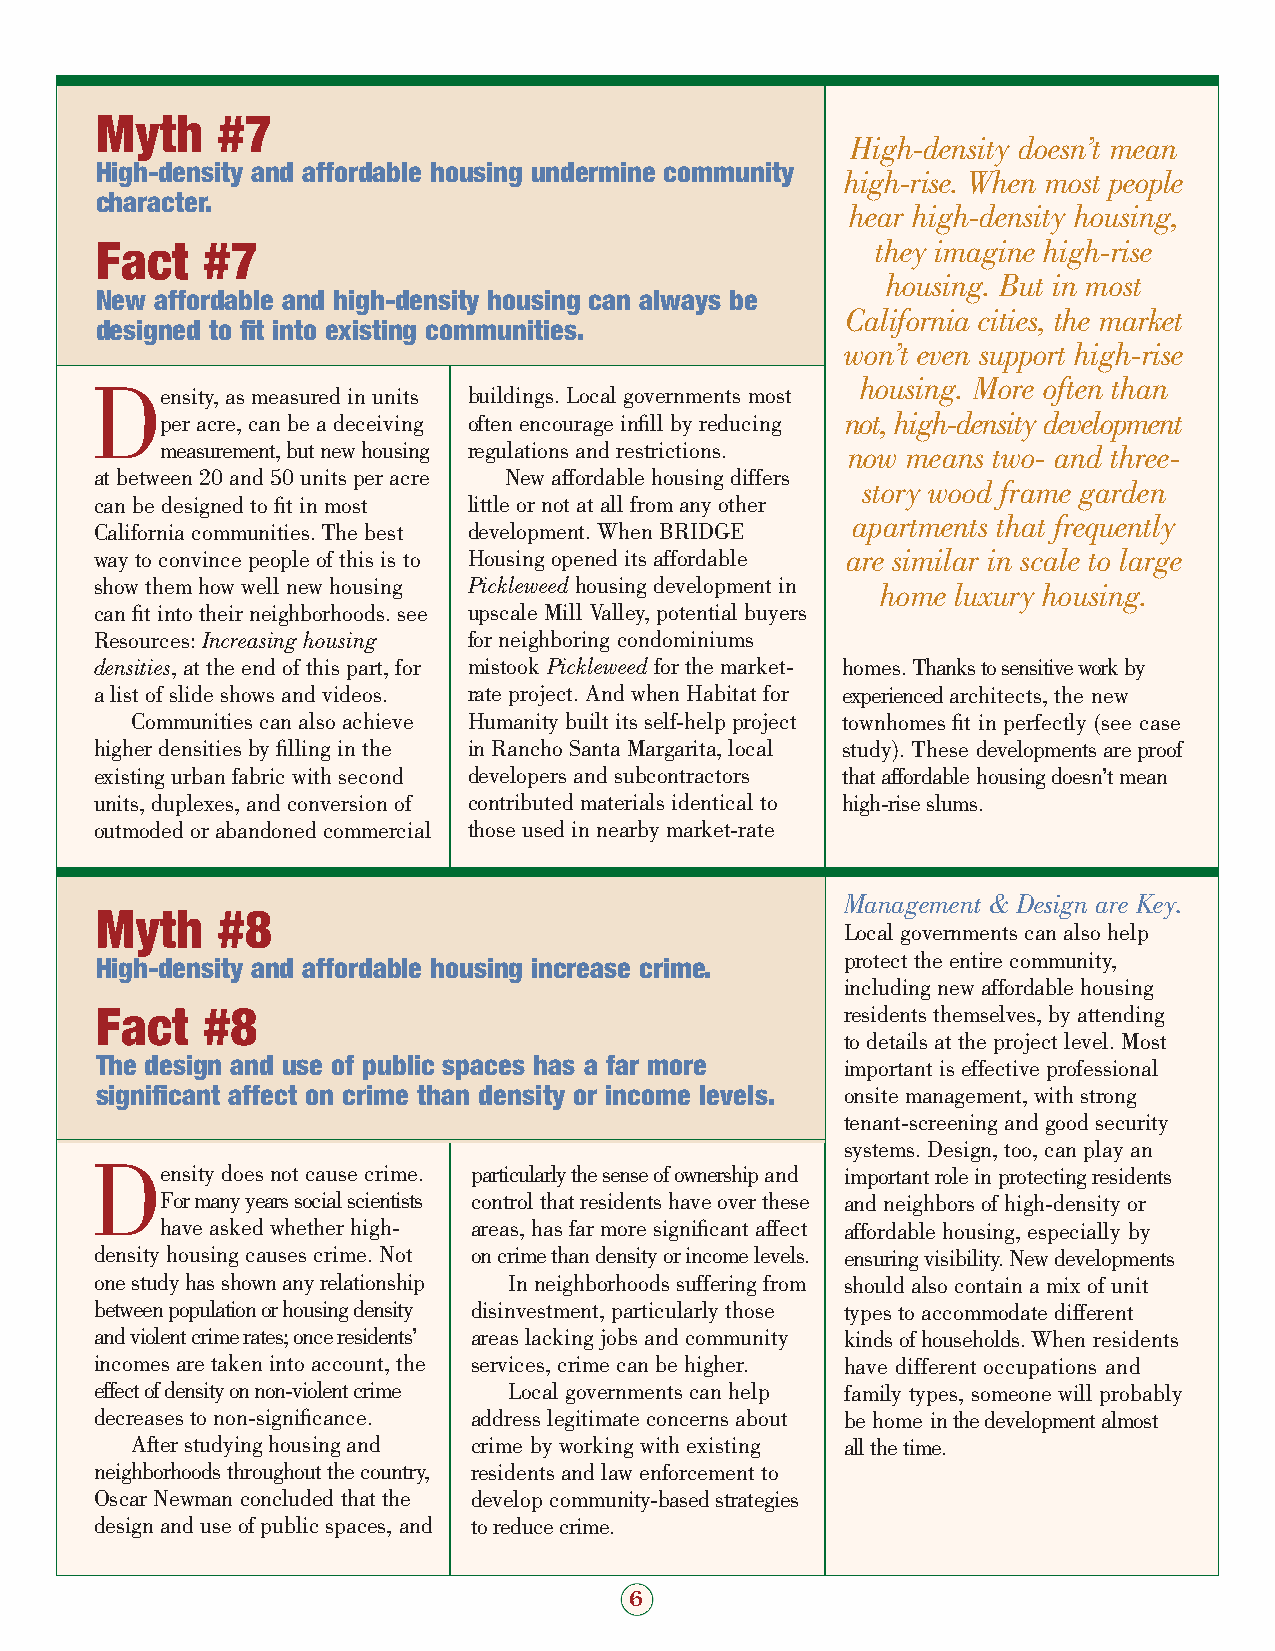
Myth    #7
 High-density doesn’t mean
 High-density and affordable housing undermine community
 high-rise. When most people
 character.
 hear high-density housing,
 Fact   #7                                           they imagine high-rise
 housing. But in most
 New affordable and high-density housing can always be
 California cities, the market
 designed to fit into existing communities.
 won’t even support high-rise
 D                                                  housing. More often than
 ensity, as measured in units buildings. Local governments most
 per acre, can be a deceiving often encourage infill by reducing not, high-density development
 measurement, but new housing regulations and restrictions. now means two- and three-
 at between 20 and 50 units per acre New affordable housing differs
 story wood frame garden
 can be designed to fit in most little or not at all from any other
 apartments that frequently
 California communities. The best development. When BRIDGE
 way to convince people of this is to Housing opened its affordable are similar in scale to large
 show them how well new housing Pickleweed housing development in home luxury housing.
 can fit into their neighborhoods. see upscale Mill Valley, potential buyers
 Resources: Increasing housing for neighboring condominiums
 densities, at the end of this part, for mistook Pickleweed for the market- homes. Thanks to sensitive work by
 a list of slide shows and videos. rate project. And when Habitat for experiencedarchitects, the new
 Communities can also achieve Humanity built its self-help project townhomes fit in perfectly (see case
 higher densities by filling in the in Rancho Santa Margarita, local study). These developments are proof
 existing urban fabric with second developers and subcontractors that affordablehousing doesn’t mean
 units, duplexes, and conversion of contributed materials identical to high-rise slums.
 outmoded or abandoned commercial those used in nearby market-rate
 Management & Design are Key.
 Myth    #8
 Local governments can also help
 High-density and affordable housing increase crime. protect the entire community,
 including new affordable housing
 Fact   #8                                         residents themselves, by attending
 to details at the project level. Most
 The design and use of public spaces has a far more important is effective professional
 significant affect on crime than density or income levels. onsite management, with strong
 tenant-screening and good security
 systems. Design, too, can play an
 D
 ensity does not cause crime. particularly the sense of ownershipand important role in protecting residents
 For many years social scientists control that residents have over these and neighbors of high-density or
 have asked whether high- areas, has far more significant affect affordable housing, especially by
 density housing causes crime. Not on crime than density or income levels. ensuring visibility. New developments
 one study has shown any relationship In neighborhoods suffering from should also contain a mix of unit
 between population or housing density disinvestment, particularly those types to accommodate different
 and violent crime rates; once residents’ areas lacking jobs and community kinds of households. When residents
 incomes are taken into account, the services, crime can be higher. have different occupations and
 effect of density on non-violent crime Local governments can help family types, someone will probably
 decreases to non-significance. address legitimate concerns about be home in the development almost
 After studying housing and crime by working with existing all the time.
 neighborhoods throughout the country, residents and law enforcement to
 Oscar Newman concluded that the develop community-based strategies
 design and use of public spaces, and to reduce crime.
 6